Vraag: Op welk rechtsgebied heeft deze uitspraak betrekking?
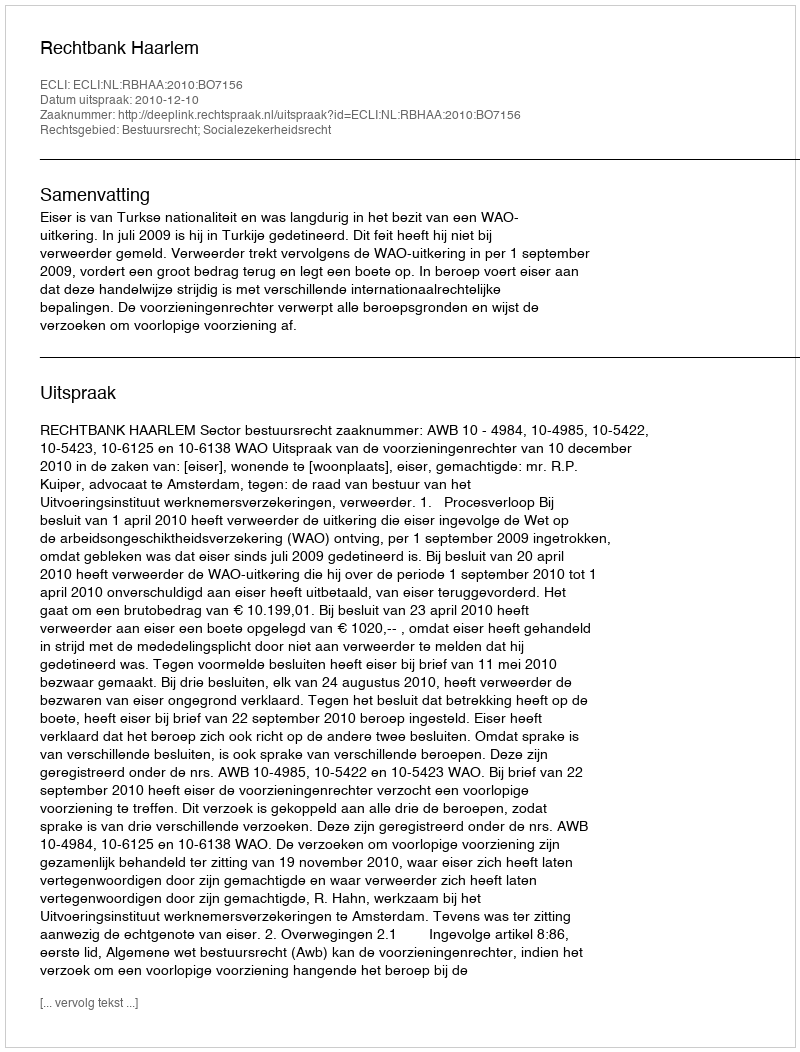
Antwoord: Bestuursrecht; Socialezekerheidsrecht